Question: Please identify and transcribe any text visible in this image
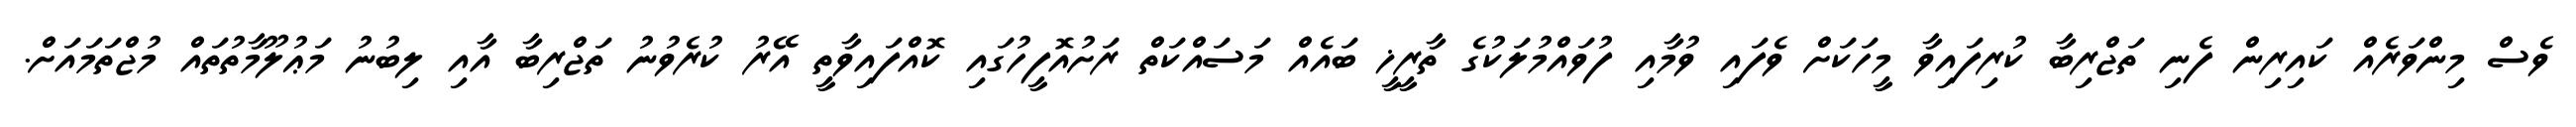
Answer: ވެސް މިންވަރެއް ކައިރިން ފެނި ތަޖްރިބާ ކުރިފައިވާ މީހަކަށް ވެފައި ވުމާއި ފުވައްމުލަކުގެ ތާރީޚީ ބައެއް މަސައްކަތް ރަށުއޮފީހުގައި ކޮއްފައިވާތީ އޭރު ކުރެވުނު ތަޖްރިބާ އާއި ލިބުނު މަޢުލޫމާތުތައް މުޖްތަމައަށް.